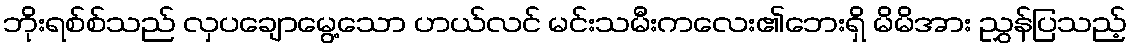
ဘိုးရစ်စ်သည် လှပချောမွေ့သော ဟယ်လင် မင်းသမီးကလေး၏ဘေးရှိ မိမိအား ညွှန်ပြသည့်